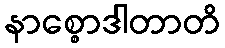
နာစ္စောဒါတာတိ